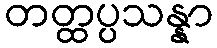
တတ္ထပ္ပသန္နာ